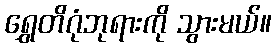
ရွှေတိဂုံဘုရားကို သွားမယ်။